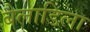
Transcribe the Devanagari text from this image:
बैलाडिला